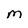
Character: M